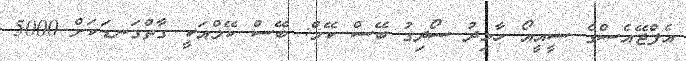
އެފްޖޭއެސްގެ ސީއީއޯ ހާމިދު ސޯދިގު ބޭސް ކޭމް: ބޭސް ކޭމްއަކީ ގާތްގަނޑަކަށް 5000